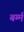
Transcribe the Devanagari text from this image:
बर्म्म